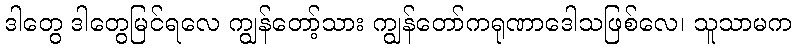
ဒါတွေ ဒါတွေမြင်ရလေ ကျွန်တော့်သား ကျွန်တော်ကရုဏာဒေါသဖြစ်လေ၊ သူသာမက